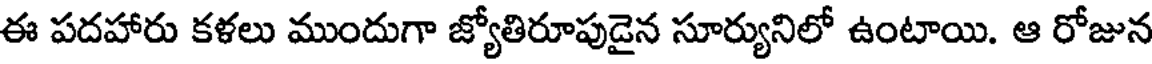
ఈ పదహారు కళలు ముందుగా జ్యోతిరూపుడైన సూర్యునిలో ఉంటాయి. ఆ రోజున